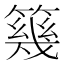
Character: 𥳏